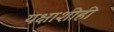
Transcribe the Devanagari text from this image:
यक्षाशीही